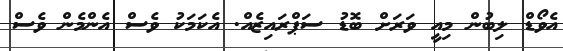
އެވޯޑް ލިބުން މިއީ ވަރަށް ބޮޑު ސަޕްރައިޒެއް. އެކަމަކު ވެސް އެންމެން ވެސް